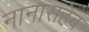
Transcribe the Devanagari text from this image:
नानासहेब